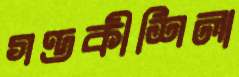
গণ্ডকীশিলা